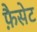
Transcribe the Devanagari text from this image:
फ़ैसेट